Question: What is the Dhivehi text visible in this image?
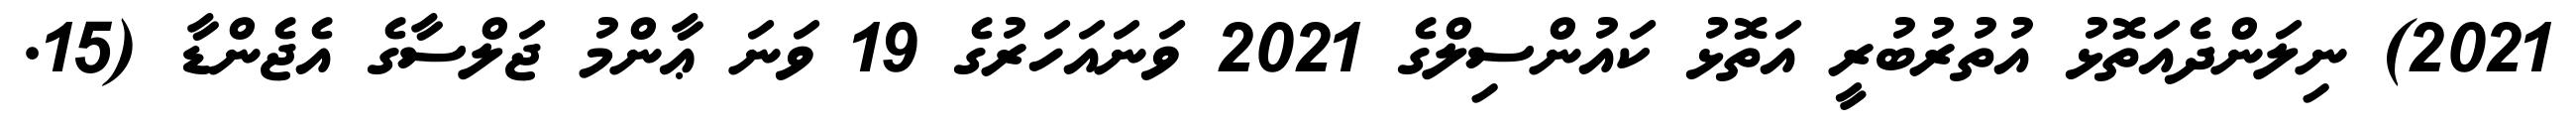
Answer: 2021) ނިލަންދެއަތޮޅު އުތުރުބުރީ އަތޮޅު ކައުންސިލްގެ 2021 ވަނައަހަރުގެ 19 ވަނަ ޢާންމު ޖަލްސާގެ އެޖެންޑާ (15.